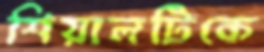
শিয়ালটিকে